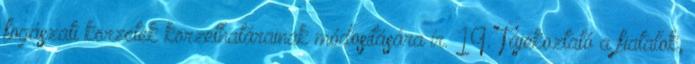
fogászati körzetek körzethatárainak módosítására ír. 19. Tájékoztató a fiatalok,